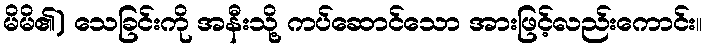
မိမိ၏) သေခြင်းကို အနီးသို့ ကပ်ဆောင်သော အားဖြင့်လည်းကောင်း။